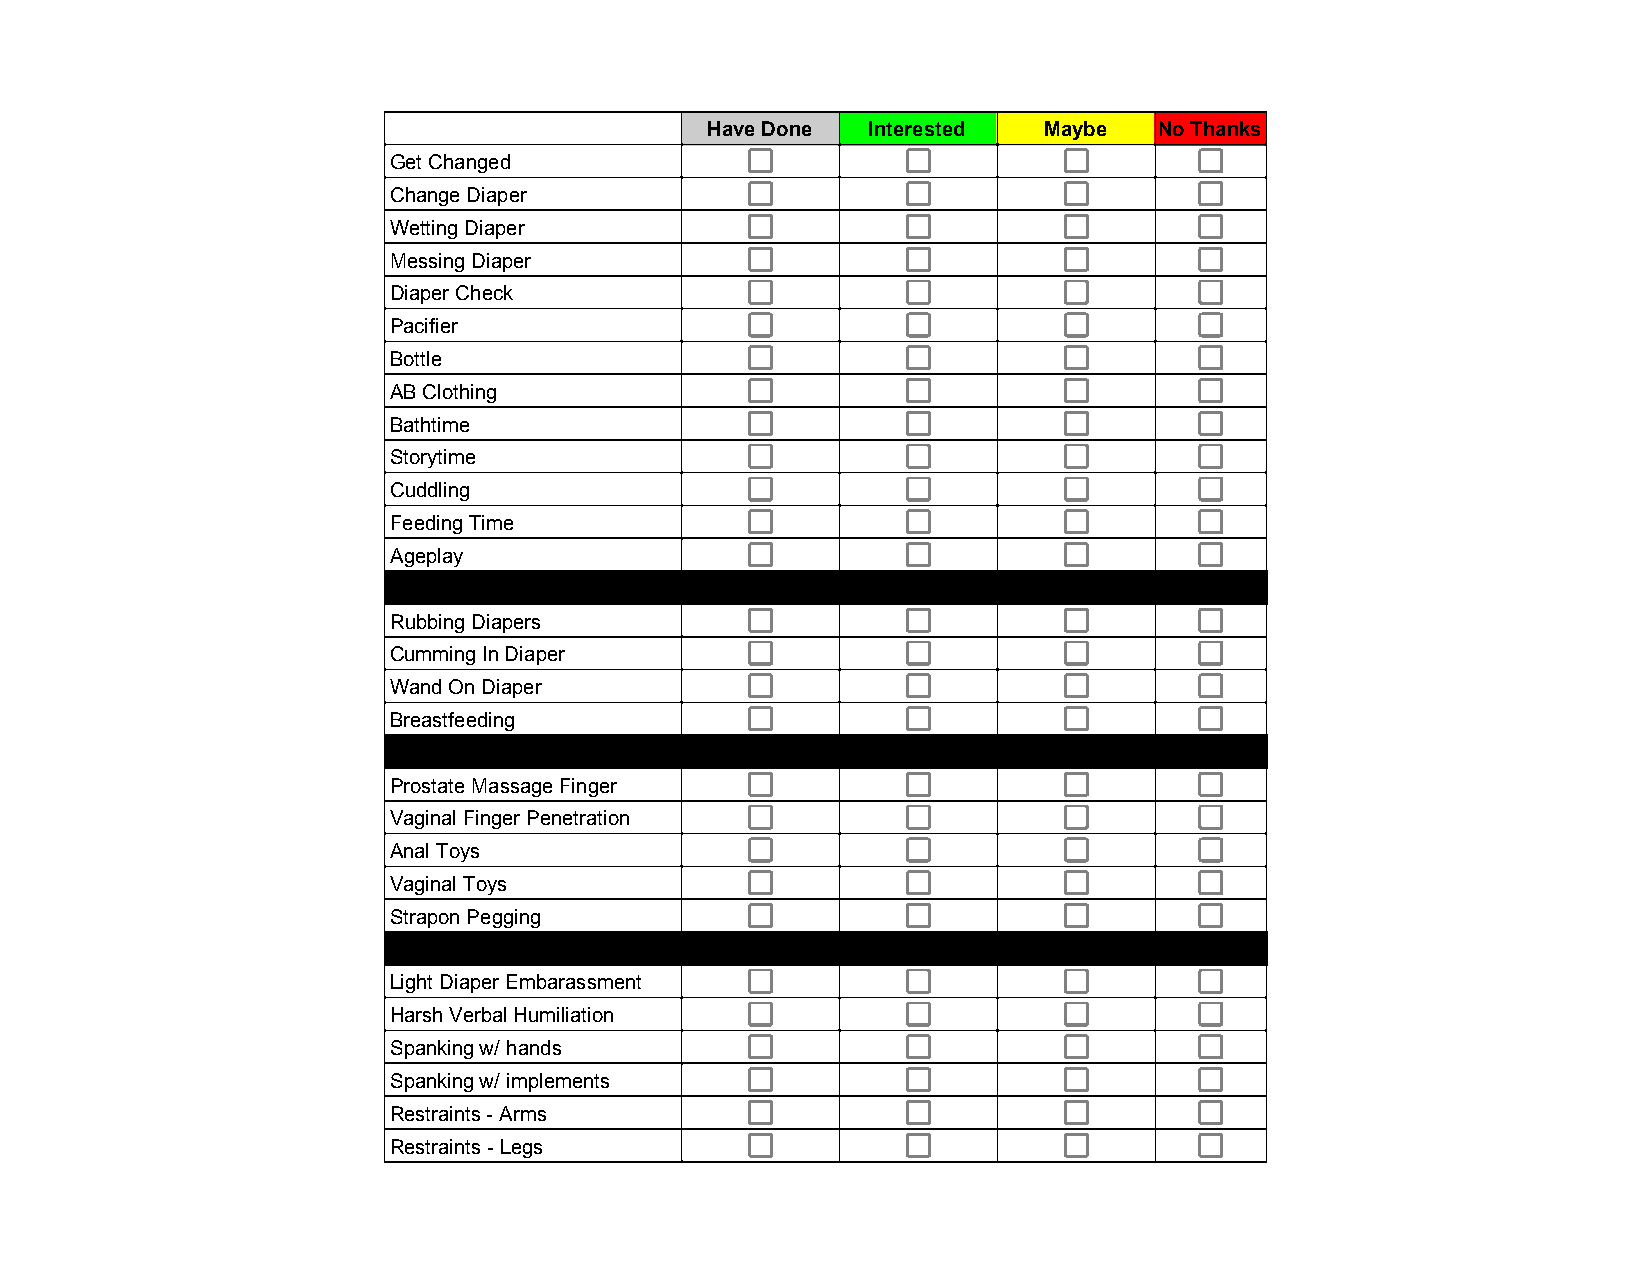
Have Done Interested  Maybe   No Thanks
 Get Changed
 Change Diaper
 Wetting Diaper
 Messing Diaper
 Diaper Check
 Pacifier
 Bottle
 AB Clothing
 Bathtime
 Storytime
 Cuddling
 Feeding Time
 Ageplay
 Rubbing Diapers
 Cumming In Diaper
 Wand On Diaper
 Breastfeeding
 Prostate Massage Finger
 Vaginal Finger Penetration
 Anal Toys
 Vaginal Toys
 Strapon Pegging
 Light Diaper Embarassment
 Harsh Verbal Humiliation
 Spanking w/ hands
 Spanking w/ implements
 Restraints - Arms
 Restraints - Legs